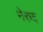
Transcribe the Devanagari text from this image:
नेरुद